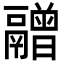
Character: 䰝